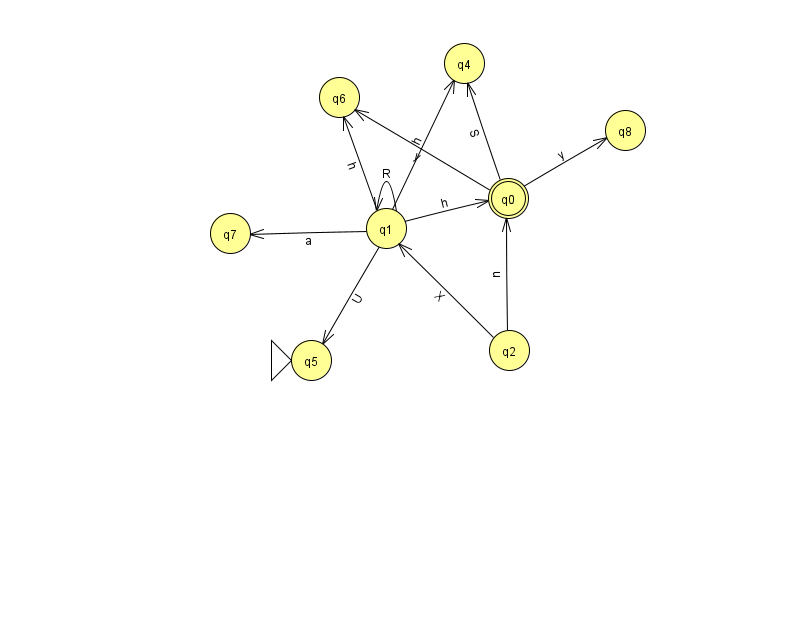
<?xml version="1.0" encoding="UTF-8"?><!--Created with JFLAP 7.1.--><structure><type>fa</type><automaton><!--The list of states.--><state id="0" name="q0"><x>508.0</x><y>185.0</y><final/></state><state id="1" name="q1"><x>386.0</x><y>215.0</y></state><state id="2" name="q2"><x>509.0</x><y>337.0</y></state><state id="4" name="q4"><x>464.0</x><y>50.0</y></state><state id="5" name="q5"><x>311.0</x><y>347.0</y><initial/></state><state id="6" name="q6"><x>339.0</x><y>84.0</y></state><state id="7" name="q7"><x>230.0</x><y>220.0</y></state><state id="8" name="q8"><x>625.0</x><y>117.0</y></state><!--The list of transitions.--><transition><from>1</from><to>4</to><read>h</read></transition><transition><from>1</from><to>6</to><read>h</read></transition><transition><from>2</from><to>1</to><read>X</read></transition><transition><from>1</from><to>1</to><read>R</read></transition><transition><from>0</from><to>6</to><read>y</read></transition><transition><from>0</from><to>8</to><read>y</read></transition><transition><from>0</from><to>4</to><read>S</read></transition><transition><from>1</from><to>7</to><read>a</read></transition><transition><from>1</from><to>0</to><read>h</read></transition><transition><from>1</from><to>5</to><read>U</read></transition><transition><from>2</from><to>0</to><read>u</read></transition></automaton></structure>